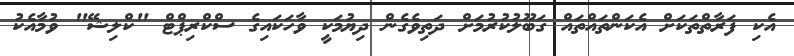
އެކި ފަރާތްތަކަށް އެކަންތައްތައް ގަބޫލުކުރުމަށް ދަތިވެގެން ދިޔުމަކީ ވާހަކައިގެ ސްކްރިޕްޓް "ކްލިޝޭ" ވުމާއެކު